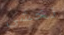
نخشى